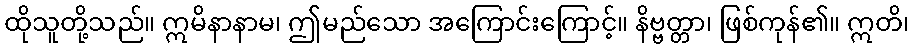
ထိုသူတို့သည်။ ဣမိနာနာမ၊ ဤမည်သော အကြောင်းကြောင့်။ နိဗ္ဗတ္တာ၊ ဖြစ်ကုန်၏။ ဣတိ၊